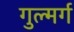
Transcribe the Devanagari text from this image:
गुल्मर्ग